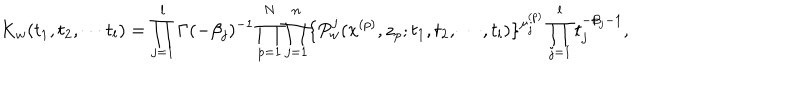
LaTeX: K _ { w } ( t _ { 1 } , t _ { 2 } , \cdots t _ { l } ) = \prod _ { j = 1 } ^ { l } \Gamma ( - \beta _ { j } ) ^ { - 1 } \prod _ { p = 1 } ^ { N } \prod _ { j = 1 } ^ { n } \{ P _ { w } ^ { j } ( x ^ { ( p ) } , z _ { p } ; t _ { 1 } , t _ { 2 } , \cdots , t _ { l } ) \} ^ { \mu _ { j } ^ { ( p ) } } \prod _ { j = 1 } ^ { l } t _ { j } ^ { - \beta _ { j } - 1 } ,